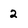
Character: 2